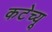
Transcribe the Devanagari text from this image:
कटेच्यू